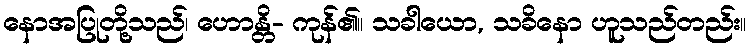
နောအပြုတို့သည်၊ ဟောန္တိ- ကုန်၏။ သခါယော, သခိနော ဟူသည်တည်း။